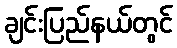
ချင်းပြည်နယ်တွင်